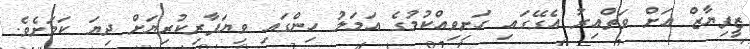
ޒީފިޔާޒް އަށް ވަތްއިރު އެގޭގައި ހަށިވިއްކުމުގެ އަމަލު ހިންގައި ވިޔަފާރިކުރިޔަށް ދިޔަ ކަަމަށެވެ.